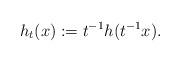
LaTeX: \begin{align*}h_t(x):= t^{-1}h (t^{-1}x) .\end{align*}